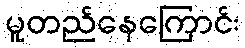
မူတည်နေကြောင်း